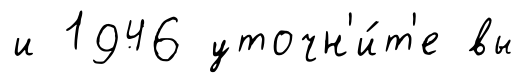
и 1946 уточн'и́т'е вы